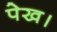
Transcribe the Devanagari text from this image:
पेख।